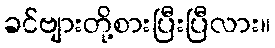
ခင်ဗျားတို့စားပြီးပြီလား။